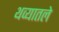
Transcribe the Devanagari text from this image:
थव्यातले